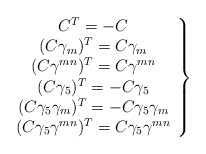
\begin{align*} \left.\begin{array}{c} C^T=-C\\ (C\gamma_m)^T=C\gamma_m\\ (C\gamma^{mn})^T=C\gamma^{mn}\\ (C\gamma_5)^T=-C\gamma_5\\ (C\gamma_5\gamma_m)^T=-C\gamma_5\gamma_m\\ (C\gamma_5\gamma^{mn})^T=C\gamma_5\gamma^{mn} \end{array}\right\}\end{align*}